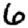
Digit: 6